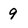
Character: 9